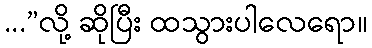
...”လို့ ဆိုပြီး ထသွားပါလေရော။